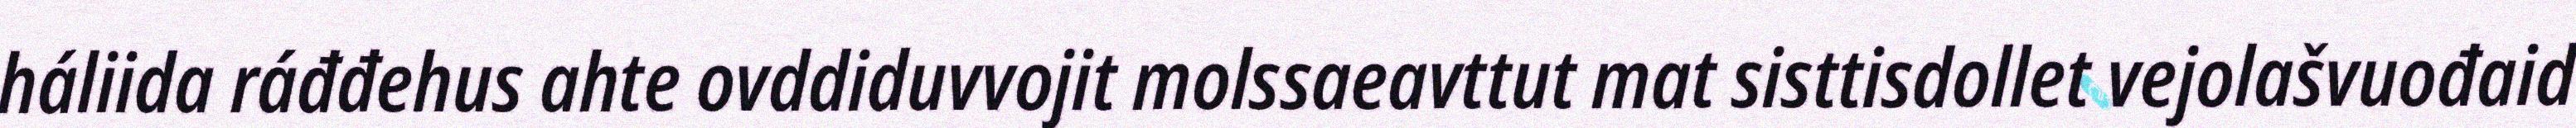
háliida ráđđehus ahte ovddiduvvojit molssaeavttut mat sisttisdollet vejolašvuođaid